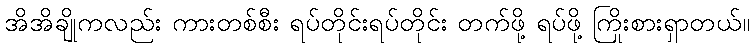
အိအိချိုကလည်း ကားတစ်စီး ရပ်တိုင်းရပ်တိုင်း တက်ဖို့ ရပ်ဖို့ ကြိုးစားရှာတယ်။